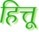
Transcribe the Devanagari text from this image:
हित्तू